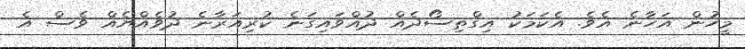
މީހުން އަހާނެ އެވެ. އެކަމަކު އިގްތިސޯދެއް ދުއްވައިގަނެ ކުރިއަރާނެ ދުވެއްޔެއް ވެސް އެ